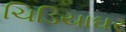
ચિડિયાઘર